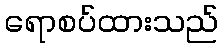
ရောစပ်ထားသည်